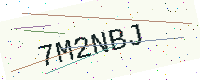
Text: 7M2NBJ